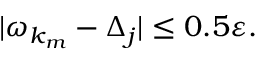
| \omega _ { k _ { m } } - \Delta _ { j } | \leq 0 . 5 \varepsilon .